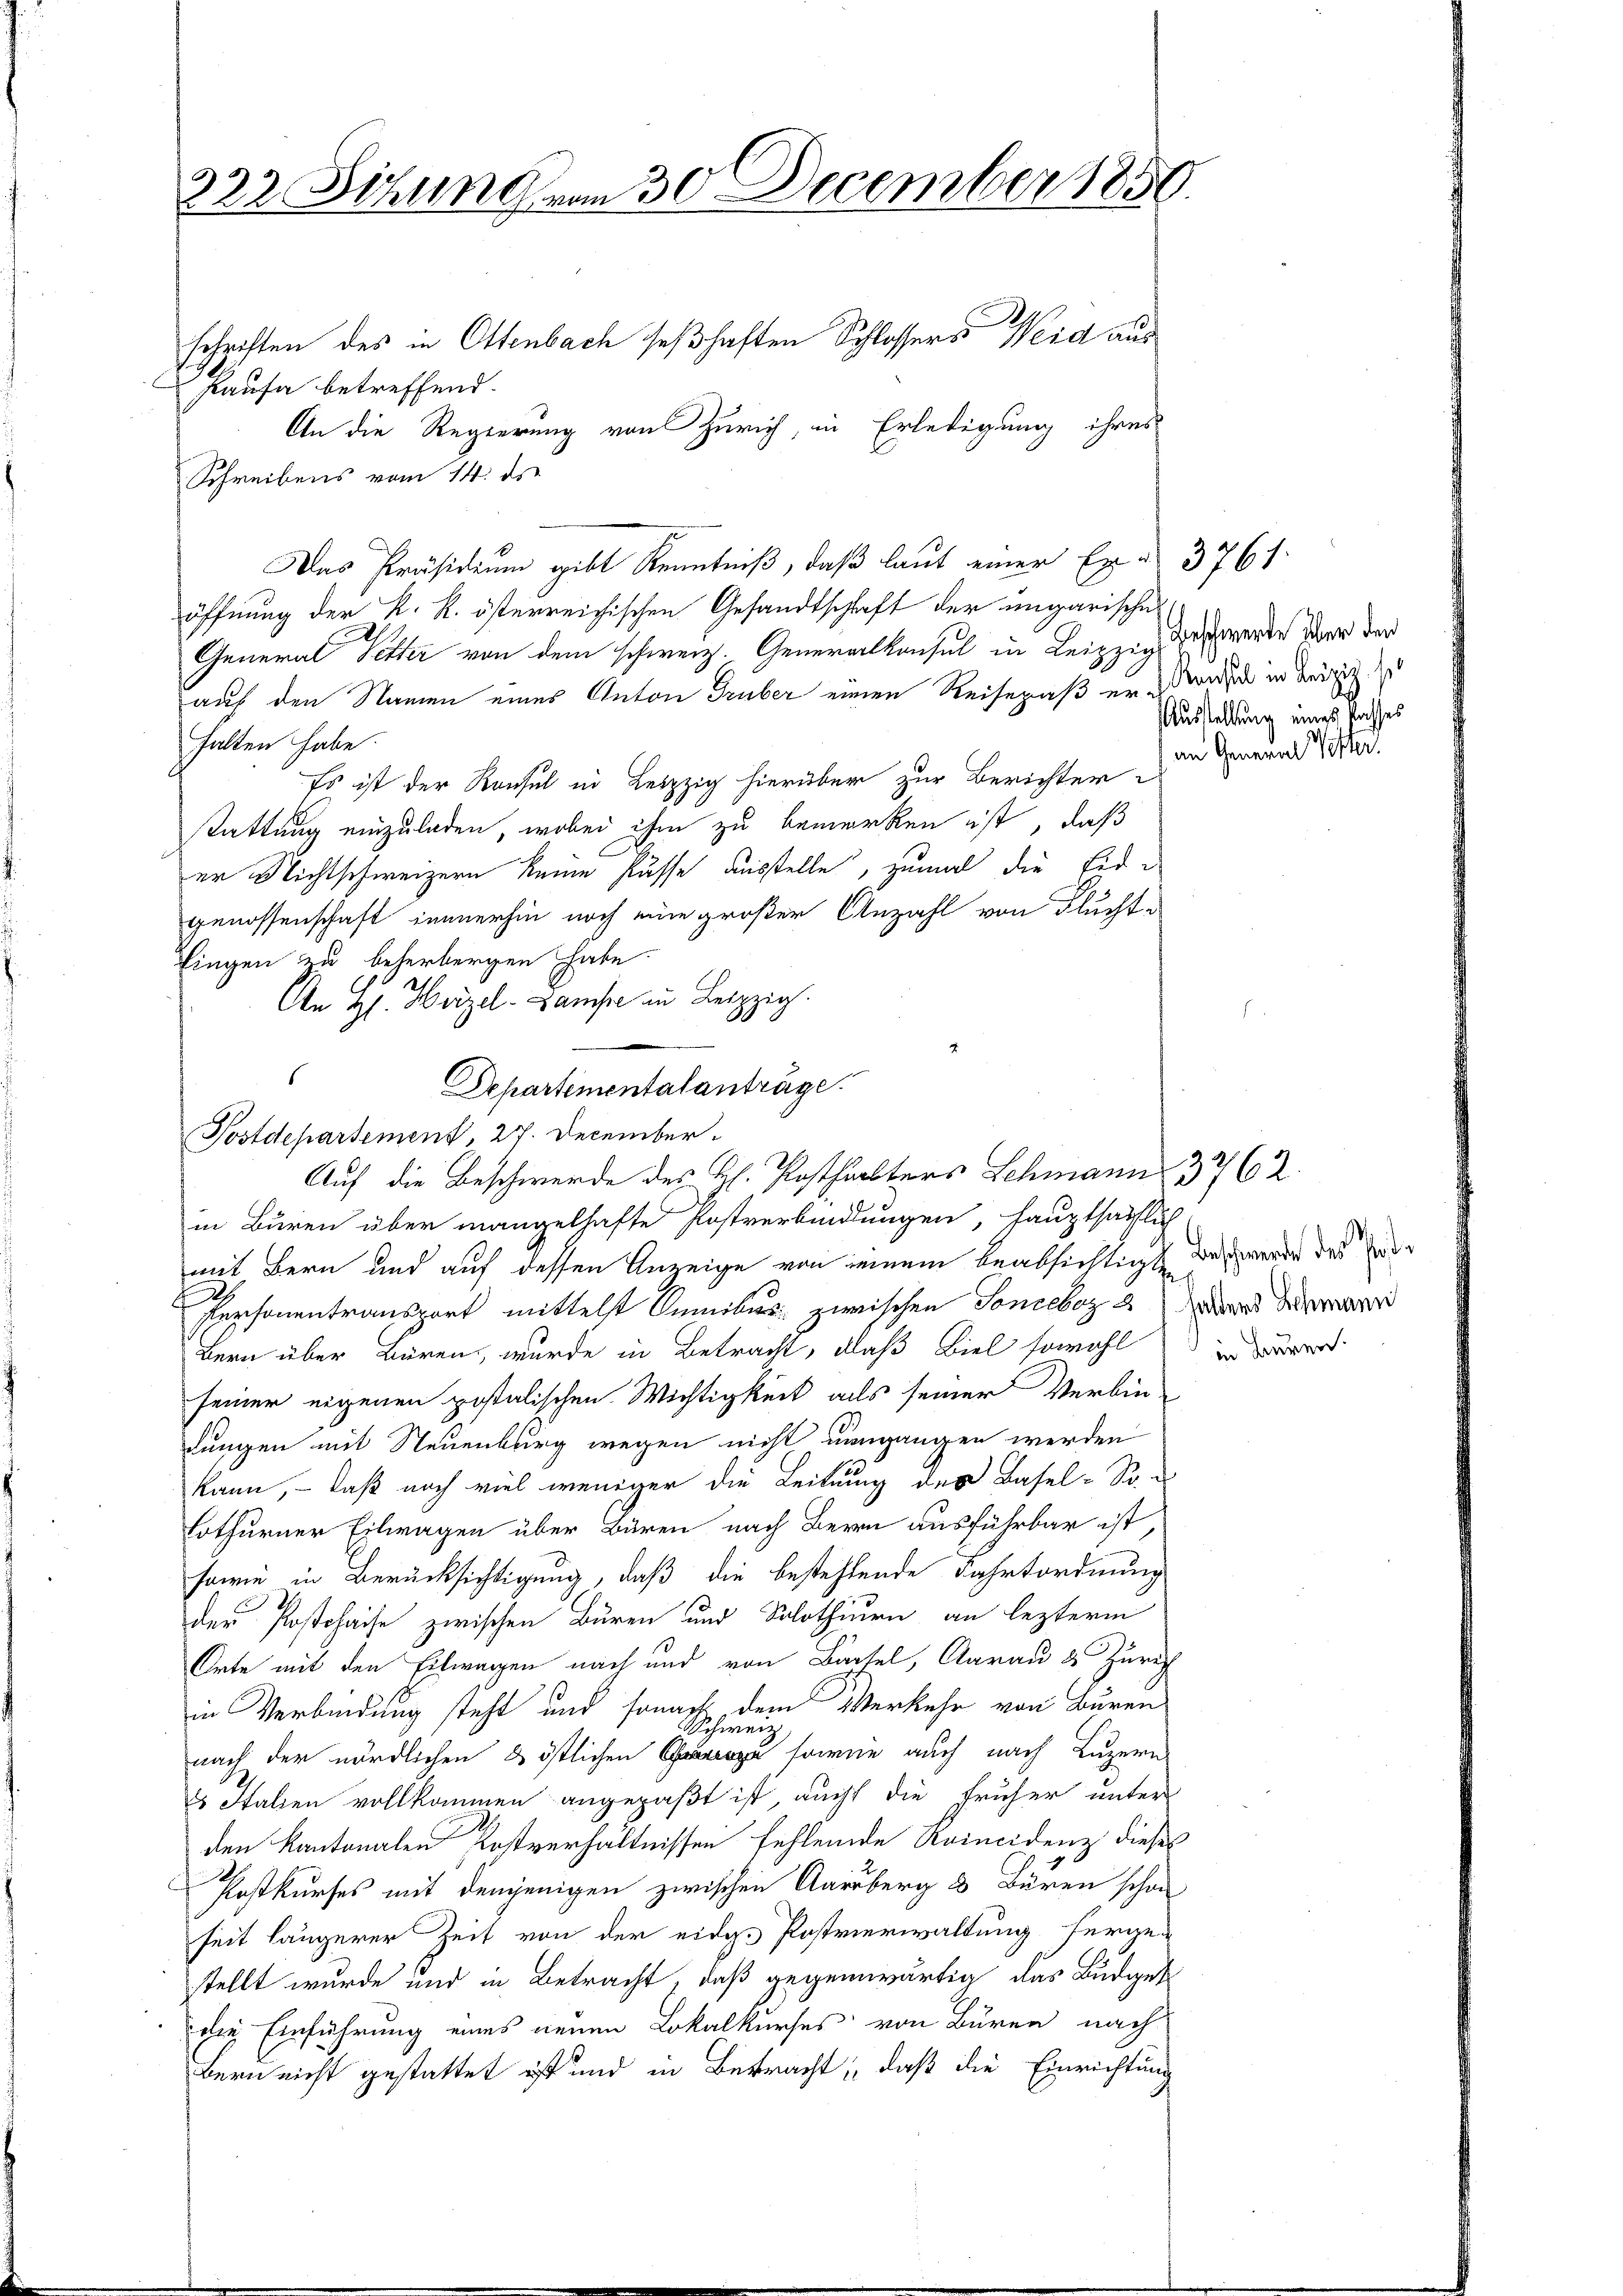
322 Sitzung vom 30. December 1850.
schriften des in Ottenbach seßhaften Schlossers Weid aus
Kaufe betreffend.

An die Regierung von Zürich, in Erledigung ihres
Schreibens vom 14. ds.
Das Präsidium gibt Kenntniß, daß laut einer Exa 3761.
öffnung der k. k. österreichischen Gesandtschaft der ungarische
General Seither von dem schweiz. Generalkonsul in Leipzig zu werde war der
auf den Namen eines Anton Truber einen Reisepaß er anden in Beizig zu
halten habe.
Es ist der Konsul in Leipzig hierüber zur Berichter
stattung einzuladen, wobei ihm zu bemerken ist, daß
er Nichtschweizern keine Pässe ausstelle, zumal die Eide
genossenschaft immerhin noch eine großer Anzahl von Flucht-
Eingen zu beherbergen habe.
An gl. Herzel. Lampe an Leipzig.
Postdepartement, 27. December.
in Buren über mangelhafte Postverbindungen, hauptsächlich
mit Bern und auf dessen Anzeige von seinem beabsichtigten
Personentransport mittelst Sumibus zwischen Tonceboz 2) Darand de
Bern über Bären, wurde in Betracht, daß Biel sowohl in der
seiner eigenen postolischen Wichtigkeit alls seiner Verbin-
dungen mit Neuenburg wegen nicht umgangen werden
kann, – daß noch viel weniger die Leitung des Basel-S
lothurner Eilwagen über Bären nach Bern ausführbar ist,
sowie in Berücksichtigung, daß die bestehlende Fahrtsordnung
der Postchaise zwischen Buren und Solothurn an lezterm
Orte mit den Eilwagen nach und von Bartel, Aarau & Zürich
in Verbindung steht und sonach dem Verkehr von Buren
Schweiz
nach der nördlichen & östlichen sowie auch nach Luzern
s Italien vollkommen angepaßt ist, aucht die früher unter
den Kantonalen Kostverhältnissen fehlende Raincidenz dieses
Postkurses mit denjenigen zwischen Aarberg 3 Büren schon
seit längerer Zeit von der eidg. Postverwaltung hergen
stellt wurde und in Betracht, daß gegenwärtig das Budget
die Einführung eines neuen Lokalkurses von Büren nach
Bern nicht gestattet ist und in Betracht, daß die Einrichtung

s

Departementalanträge.

Auf die Beschwerde des H. Posthalters Schmann 3762.

Ausstellung eines Passes
an General Pötter.

Beschwerde des Poste